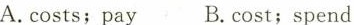
A.costs;pay B.cost;spend